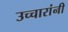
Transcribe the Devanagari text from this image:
उच्चारांनी